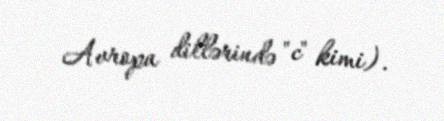
Avropa dillərində "c" kimi).